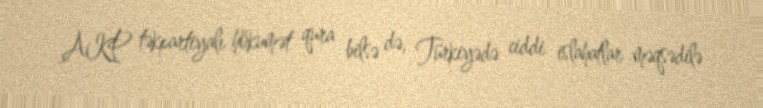
AKP təkpartiyalı hökumət qura bilsə də, Türkiyədə ciddi islahatlar məqsədilə